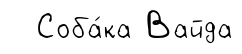
Соба́ка Вайда